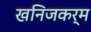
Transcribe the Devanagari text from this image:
खनिजकर्म